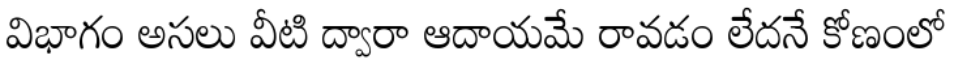
విభాగం అసలు వీటి ద్వారా ఆదాయమే రావడం లేదనే కోణంలో